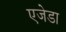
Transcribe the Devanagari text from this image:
एजेडा